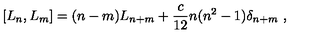
\left[ L _ { n } , L _ { m } \right] = ( n - m ) L _ { n + m } + { \frac { c } { 1 2 } } n ( n ^ { 2 } - 1 ) \delta _ { n + m } \ ,